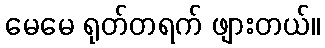
မေမေ ရုတ်တရက် ဖျားတယ်။